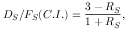
D _ { S } / F _ { S } ( C . I . ) = \frac { 3 - R _ { S } } { 1 + R _ { S } } ,